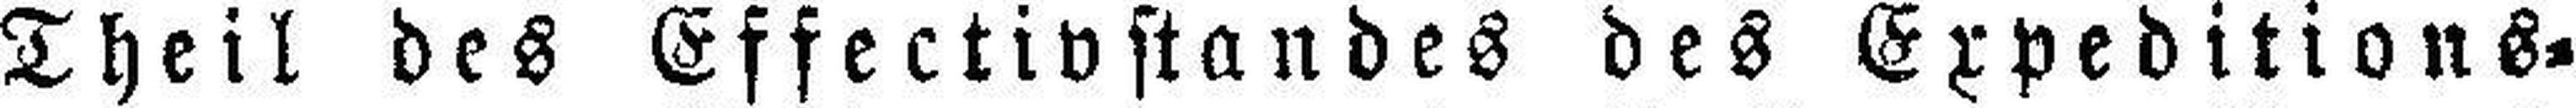
Theil des Effectivstandes des Expeditions¬